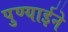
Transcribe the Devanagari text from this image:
पुण्याईने